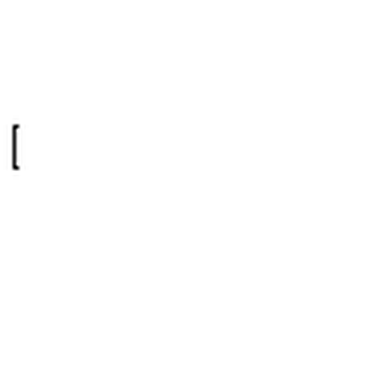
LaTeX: { [ }